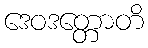
ဒေဝဒတ္တောတိ